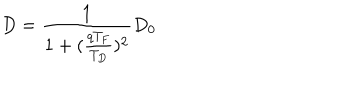
LaTeX: D = \frac { 1 } { 1 + ( \frac { q T _ { F } } { T _ { D } } ) ^ { 2 } } D _ { 0 }